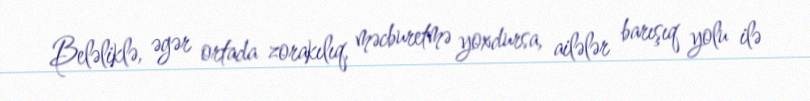
Beləliklə, əgər ortada zorakılıq, məcburetmə yoxdursa, ailələr barışıq yolu ilə